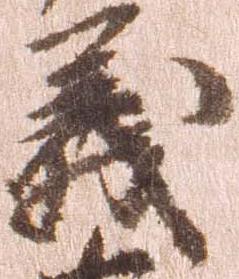
義